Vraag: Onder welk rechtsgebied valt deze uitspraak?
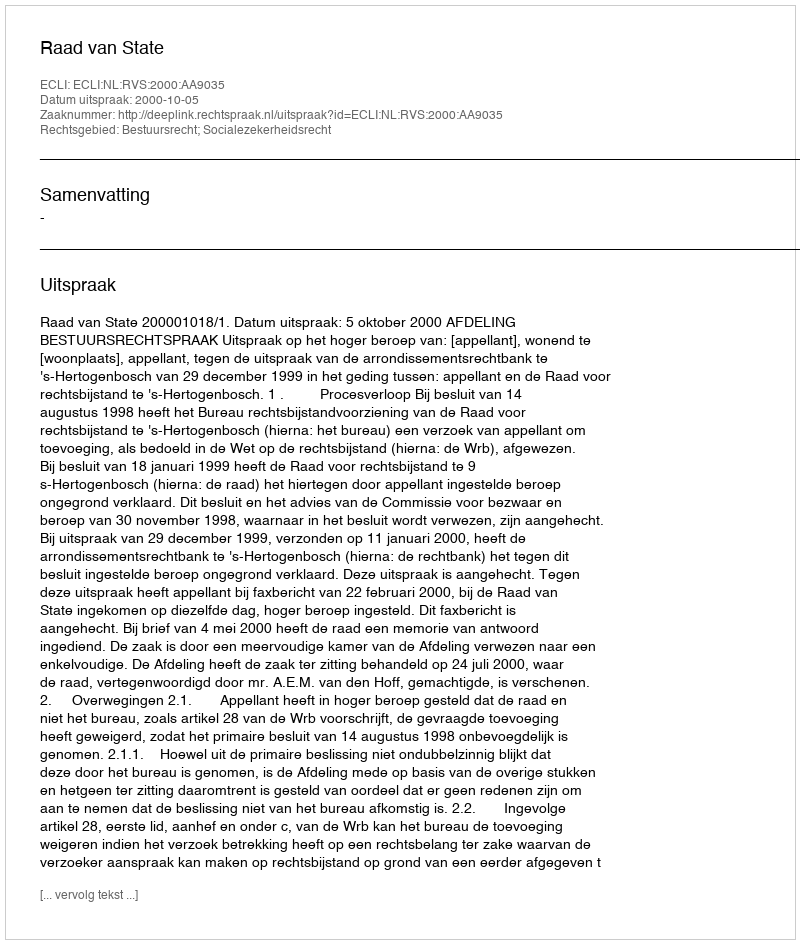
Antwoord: Bestuursrecht; Socialezekerheidsrecht